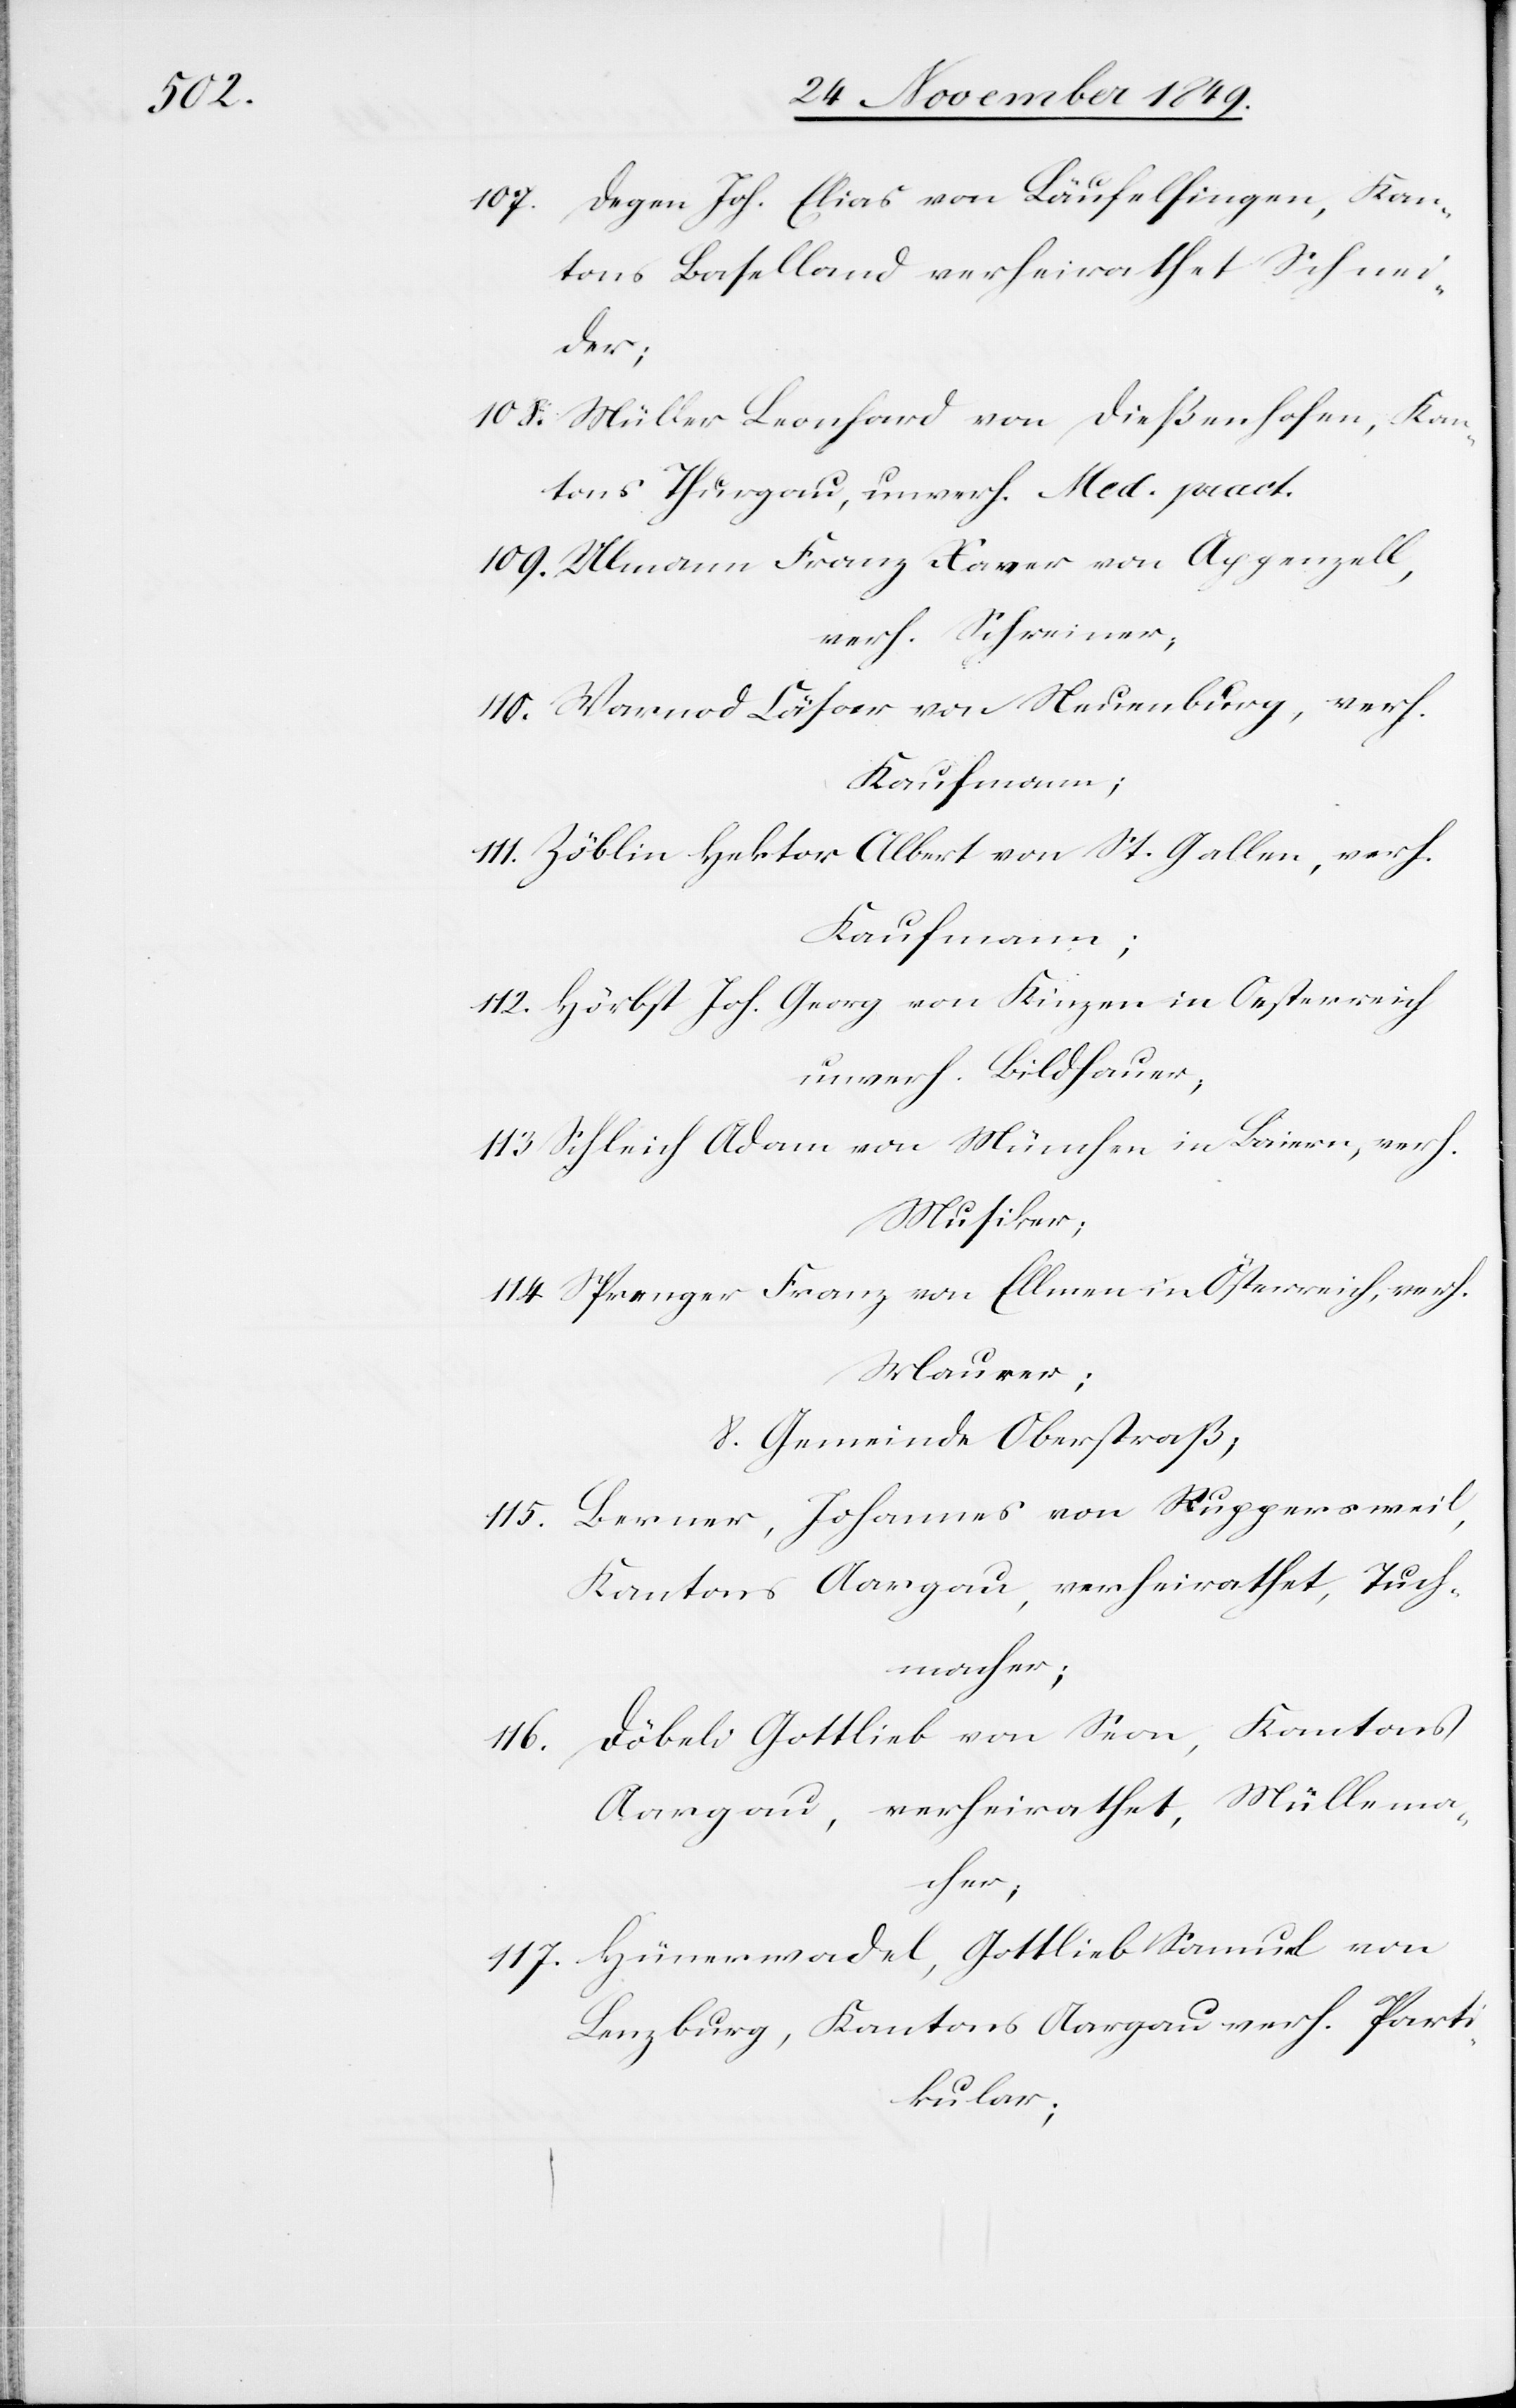
107. Degen Joh. Elias von Läufelfingen, Kan¬
tons Baselland verheirathet Schne¬
ider;
108. Müller Leonhard von Dießenhofen, Kan¬
tons Thurgau, unverh. Med. pract.
109. Ullmann Franz Xaver von Appenzell,
verh. Schreiner;
110. Warnod Cäsar von Neuenburg, verh.
Kaufmann;
111. Zöblin Hektor Albert von St. Gallen, verh.
Kaufmann;
112. Hörbst Joh. Georg von Kinzen in Oesterreich
unverh. Bildhauer,
113. Schleich Adam von München in Baiern, verh.
Musiker.
114. Sprenger Franz von Ellmen in Österreich, verh.
Maurer;
8. Gemeinde Oberstraß;
115. Berner, Johannes von Ruppersweil,
Kantons Aargau, verheirathet, Tuch¬
macher;
116. Döbeli Gottlieb von Seon, Kantons
Aargau, verheirathet, Müllema¬
cher;
117. Hünerwadel, Gottlieb Samuel von
Lenzburg, Kantons Aargau verh. Parti¬
kular;